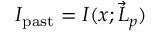
I _ { \mathrm { p a s t } } = I ( x ; \vec { L } _ { p } )